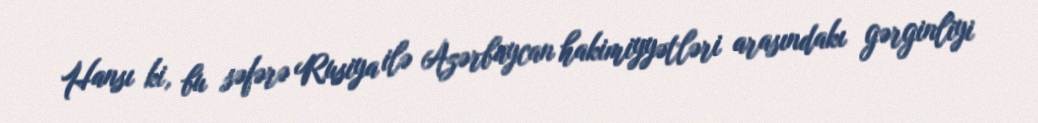
Hansı ki, bu səfərə Rusiya ilə Azərbaycan hakimiyyətləri arasındakı gərginliyi